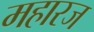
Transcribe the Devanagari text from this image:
महारज